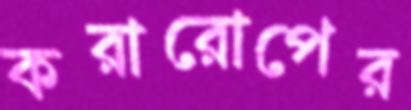
করারোপের